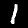
Digit: 1